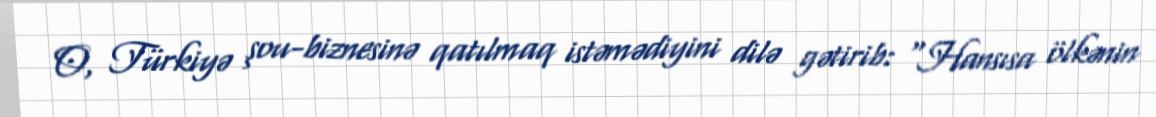
O, Türkiyə şou-biznesinə qatılmaq istəmədiyini dilə gətirib: “Hansısa ölkənin